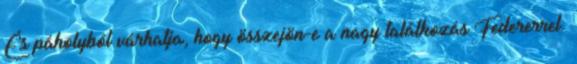
És páholyból várhatja, hogy összejön-e a nagy találkozás Federerrel.